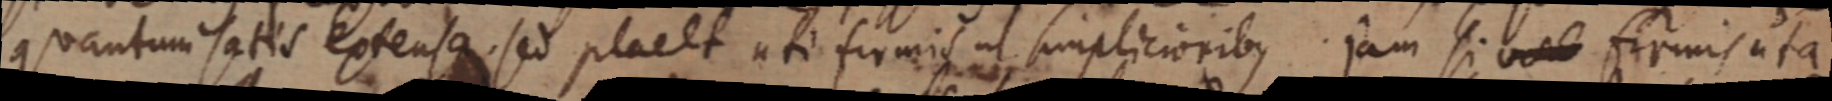
quantum satis extensa, sed placet uti firmis ut simplicioribus jam si _ firmis uta